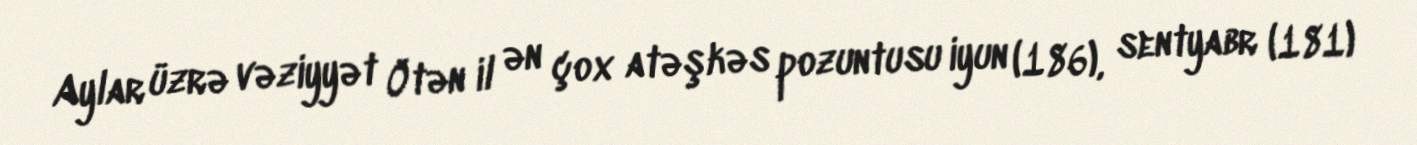
Aylar üzrə vəziyyət Ötən il ən çox atəşkəs pozuntusu iyun (186), sentyabr (181)